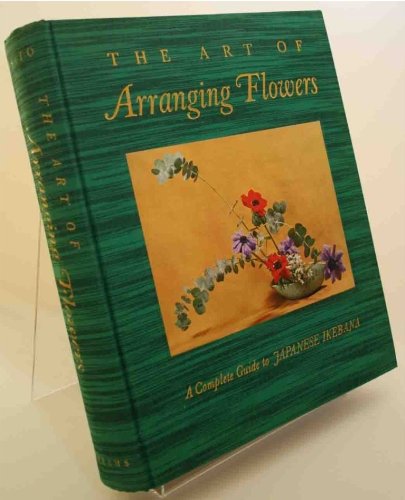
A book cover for The Art of Arranging Flowers: A Complete Guide to Japanese Ikebana; Shozo Sato; Crafts, Hobbies & Home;